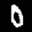
Label: 0